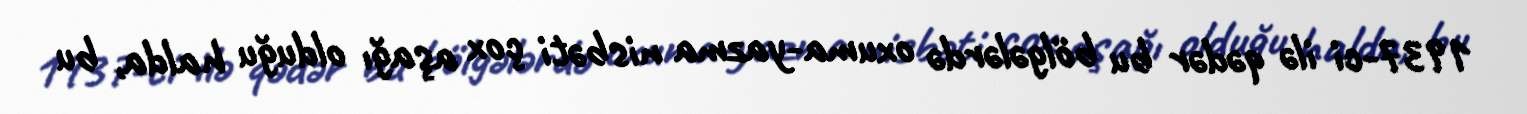
1937-ci ilə qədər bu bölgələrdə oxuma-yazma nisbəti çox aşağı olduğu halda, bu